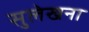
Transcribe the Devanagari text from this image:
सुलेखना